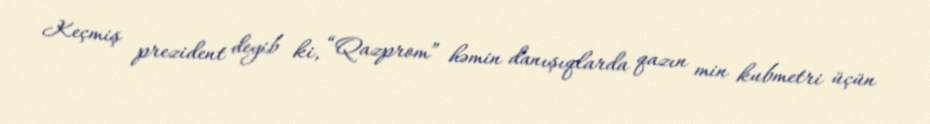
Keçmiş prezident deyib ki, “Qazprom” həmin danışıqlarda qazın min kubmetri üçün